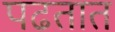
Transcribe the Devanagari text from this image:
पढतात